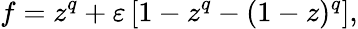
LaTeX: f=z^{q}+\varepsilon\left[1-z^{q}-(1-z)^{q}\right],